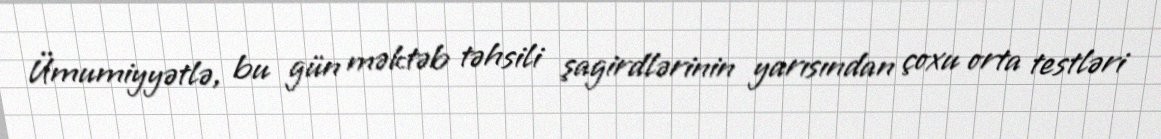
Ümumiyyətlə, bu gün məktəb təhsili şagirdlərinin yarısından çoxu orta testləri